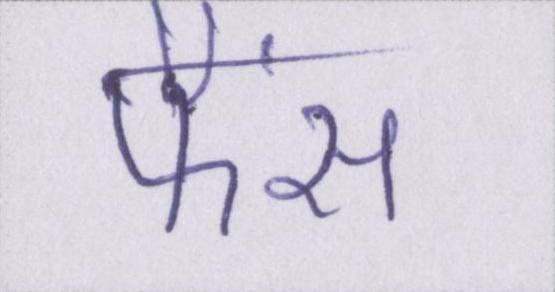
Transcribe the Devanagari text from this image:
फैंस